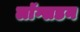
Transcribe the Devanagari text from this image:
लाॅग्सडन